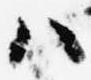
ハ